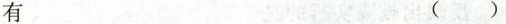
有 ()